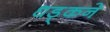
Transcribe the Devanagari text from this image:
धड़्कने